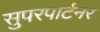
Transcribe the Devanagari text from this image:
सुपरपार्टनर